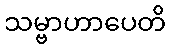
သမ္ဗာဟာပေတိ